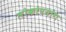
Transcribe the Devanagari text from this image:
लोकोपयोग